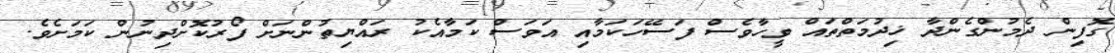
ގޮފިން ދެމުންގެންދާ ޚިދުމަތްތައް ވީހާވެސް ފަސޭހަކަމާއި އަވަސް ކަމާއެކު ރައްޔިތުންނަށް ފޯރުކޮށްދިނުން ކަމަށެވެ.